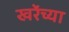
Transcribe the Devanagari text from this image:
खरेंच्या